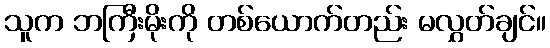
သူက ဘကြီးမိုးကို တစ်ယောက်တည်း မလွှတ်ချင်။